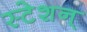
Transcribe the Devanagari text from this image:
स्टेशन्